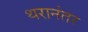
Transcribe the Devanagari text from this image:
थरानंतर